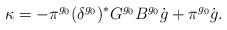
LaTeX: \begin{align*}\kappa = - \pi^{g_0} (\delta^{g_0})^{\ast} G^{g_0} B^{g_0} \dot g + \pi^{g_0} \dot g.\end{align*}